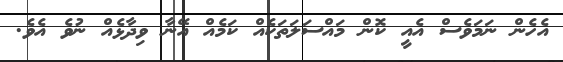
އެހެން ނަމަވެސް އެއީ ކޮން މައްސަލަތަކެއް ކަމެއް އޭނާ ވިދާޅެއް ނުވެ އެވެ.